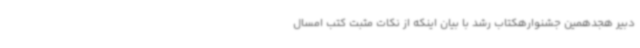
دبیر هجدهمین جشنوارهکتاب رشد با بیان اینکه از نکات مثبت کتب امسال